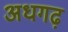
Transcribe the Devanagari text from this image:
अधगढ़